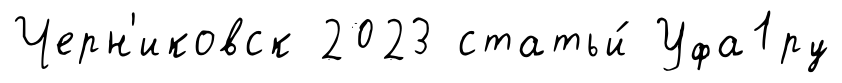
Черн'иковск 2023 статьи́ Уфа1ру